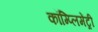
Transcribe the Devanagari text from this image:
कॉम्‍प्‍लिमेंट्री